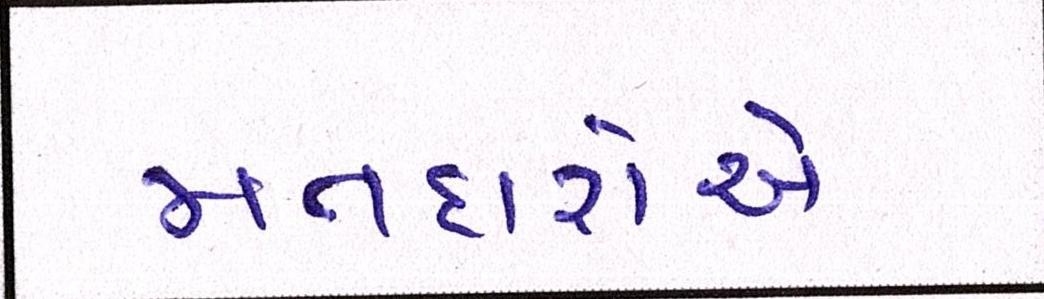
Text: મતદારોએ